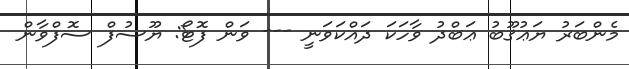
މެންބަރު ޔަޢުޤޫބު ޢަބްދު ވާހަކަ ދައްކަވަނީ --- ވަން ފޮޓޯ: ޔޫސުފް ސޮފްވާން